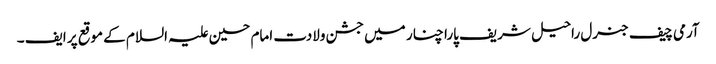
آرمی چیف جنرل راحیل شریف پارا چنار میں جشن ولادت امام حسین علیہ السلام کے موقع پر ایف ۔